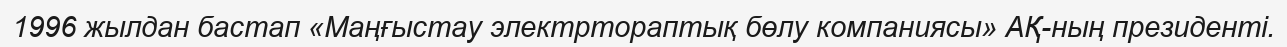
1996 жылдан бастап «Маңғыстау электртораптық бөлу компаниясы» АҚ-ның президенті.